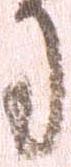
司